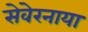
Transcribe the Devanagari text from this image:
सेवेरनाया